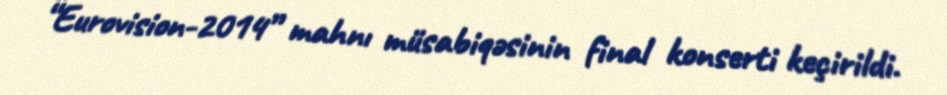
“Eurovision-2014” mahnı müsabiqəsinin final konserti keçirildi.